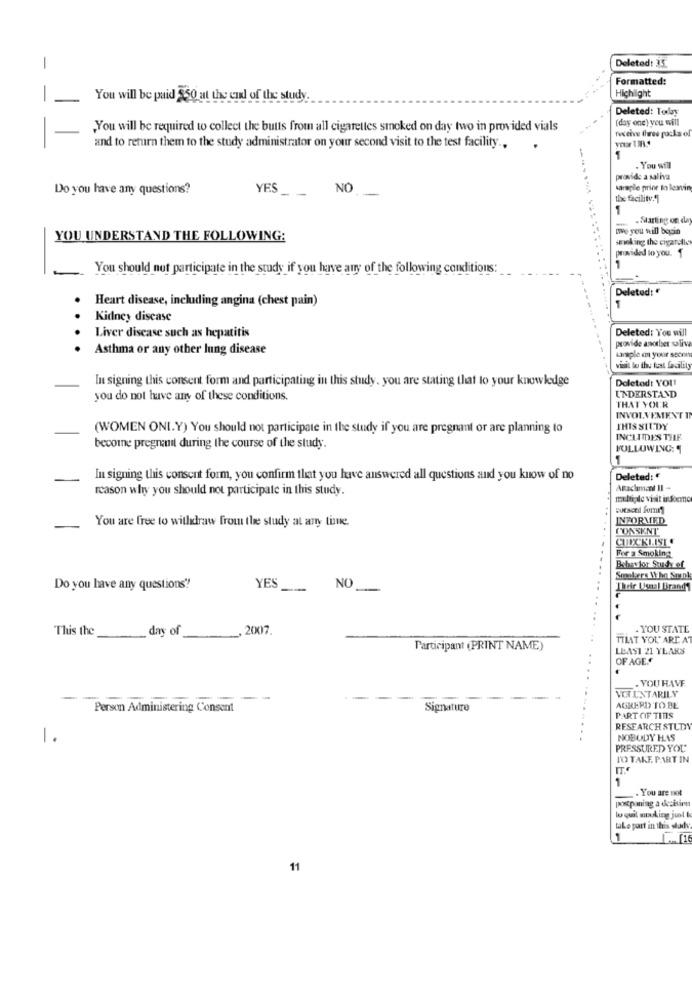
Deleted: 35
-
Formatted:
-
You will be paid $50 at the end of the study
Highlight
Deleted: Today
(day one) you will
,You will be required to collect the butts from all cigarettes smoked on day two in provided vials
receive three packs of
and to return them to the study administrator on your second visit to the test facility ..
1
. You will
provide a saliva
Do you have any questions?
NO
Maraple prior to leaving
YES
the facility."
1
-
. Starting on da
me you will begin
YOU UNDERSTAND THE FOLLOWING:
smoking the cigarelle
provided to you. 1
You should not participate in the study if you have any of the following conditions:
Deleted: "
Heart disease, including angina (chest pain)
.......
Kidney disease
Liver disease such as hepatitis
Deleted: You will
provide asobser saliv
Asthma or any other lung disease
karaple am your soon
visil lu the kat facility
In signing this consent form and participating in this study, you are stating that to your knowledge
Doletod: YOU!
you do not have any of these conditions.
UNDERSTAND
THAT YOUR
INVOLVEMENTI
(WOMEN ONI.Y) You should not participate in the study if you are pregnant or are planning to
THIS STUDY
INCLUDES THE
become pregnant during the course of the study.
FOLLOWING: 4
In signing this consent form, you confirm that you have answered all questions and you know of no
Deleted: €
reason why you should not participate in this study.
Arachmant II -
multiple visit informe
You are free to withdraw from the study at any time.
INFORMED
CONSENT
CUPCKLIST
For a Smoking
Babastor Srudref
Smokers Wyho Stun
Do you have any questions ?!
YES
NO
Their Ueral Brandt
This the
_day of
_, 2007.
.. YOU STATE
TILAT YOU ARE A
Participant (PRINT NAME)
LEAST 21 YEARS
OF AGE .*
. YOU HAVE
-
-
VOLUNTARILY
Person Administering Consent
Signature
AGKERD TO BE
PART OF TETIS
RESEARCH STUDI
1.
NOBODY HAS
PRESSURED YOU
TO TAKE PART IN
ITC
1
You are not
postponing a decision
lo qual nuking jul
take part in this study
11